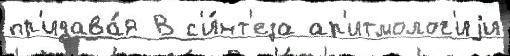
пр'идава́я В с'и́нт'еза ар'итмолог'иjи